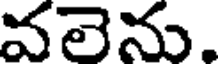
వలెను.